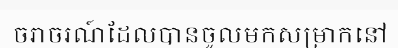
ចរាចរណ៍ដែលបានចូលមកសម្រាកនៅ